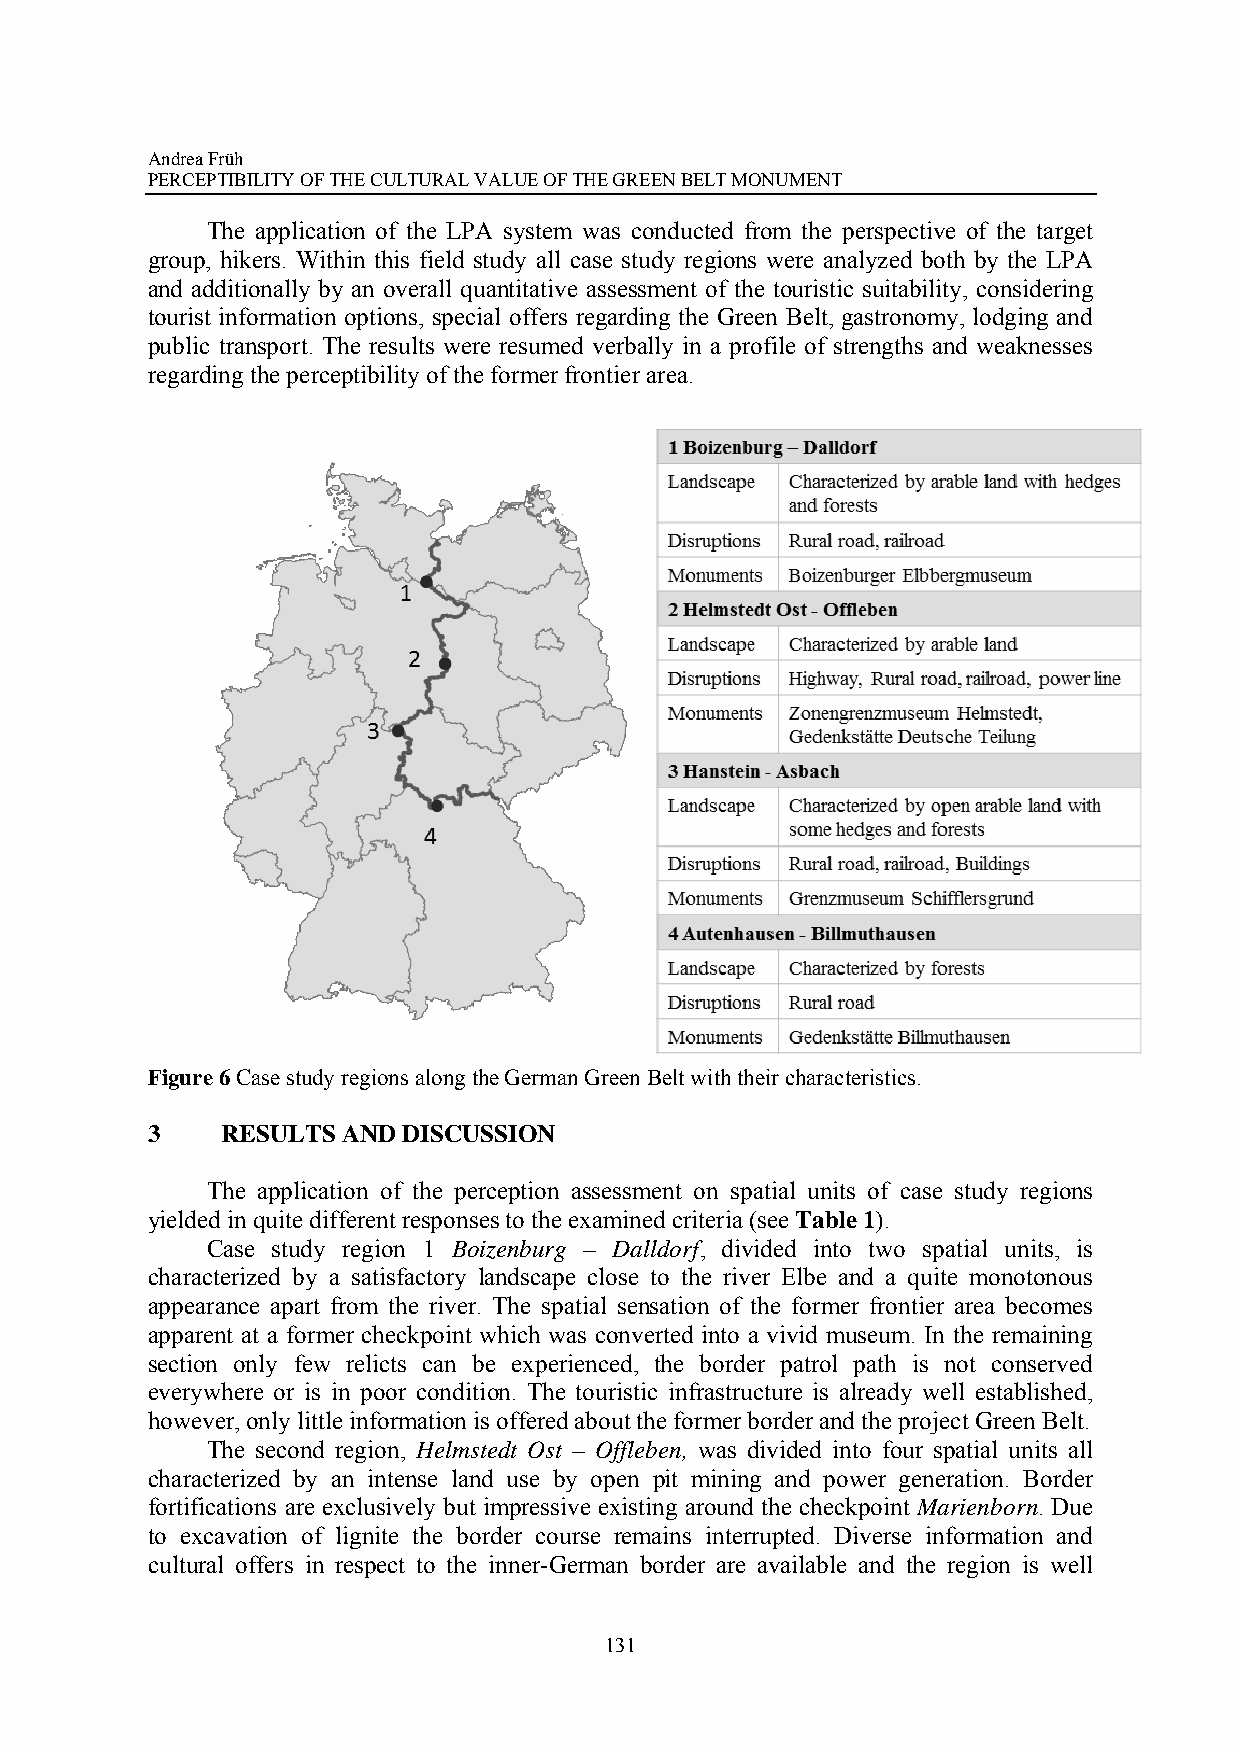
Andrea Früh
 PERCEPTIBILITY OF THE CULTURAL VALUE OF THE GREEN BELT MONUMENT
 The application of the LPA system was conducted from the perspective of the target
 group, hikers. Within this field study all case study regions were analyzed both by the LPA
 and additionally by an overall quantitative assessment of the touristic suitability, considering
 tourist information options, special offers regarding the Green Belt, gastronomy, lodging and
 public transport. The results were resumed verbally in a profile of strengths and weaknesses
 regarding the perceptibility of the former frontier area.
 Figure 6 Case study regions along the German Green Belt with their characteristics.
 3    RESULTS AND DISCUSSION
 The application of the perception assessment on spatial units of case study regions
 yielded in quite different responses to the examined criteria (see Table 1).
 Case study region 1 Boizenburg – Dalldorf, divided into two spatial units, is
 characterized by a satisfactory landscape close to the river Elbe and a quite monotonous
 appearance apart from the river. The spatial sensation of the former frontier area becomes
 apparent at a former checkpoint which was converted into a vivid museum. In the remaining
 section only few relicts can be experienced, the border patrol path is not conserved
 everywhere or is in poor condition. The touristic infrastructure is already well established,
 however, only little information is offered about the former border and the project Green Belt.
 The second region, Helmstedt Ost – Offleben, was divided into four spatial units all
 characterized by an intense land use by open pit mining and power generation. Border
 fortifications are exclusively but impressive existing around the checkpoint Marienborn. Due
 to excavation of lignite the border course remains interrupted. Diverse information and
 cultural offers in respect to the inner-German border are available and the region is well
 131